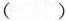
( )